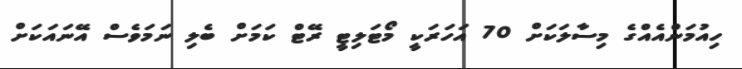
ހިއުމަންއެއްގެ މިސާލަކަށް 70 އަހަރަކީ މޯޓަލިޓީ ރޭޓް ކަމަށް ބެލި ނަމަވެސް އޭނައަކަށް